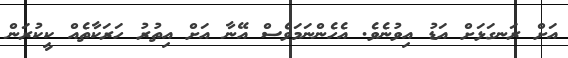
އަށް ރަނގަޅަށް އަޑު އިވުނެވެ. އެހެންނަމަވެސް އޭނާ އަށް އިތުރު ހަރަކާތެއް ކީކުރަން